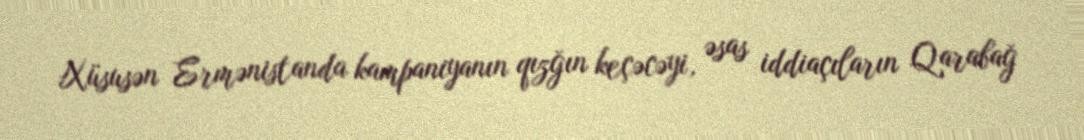
Xüsusən Ermənistanda kampaniyanın qızğın keçəcəyi, əsas iddiaçıların Qarabağ